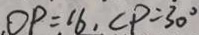
. O P = 1 6 , C P = 3 0 ^ { \circ }